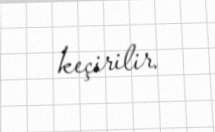
keçirilir.